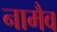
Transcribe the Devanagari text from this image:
नामैव